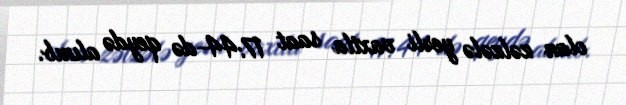
olan zəlzələ yerli vaxtla saat 17:44-də qeydə alınıb.